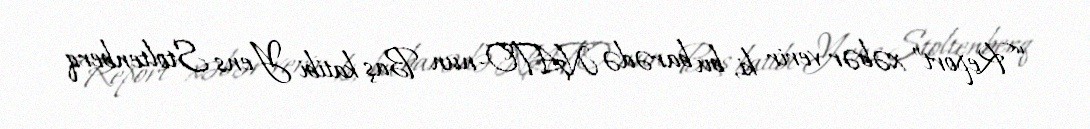
“Report” xəbər verir ki, bu barədə NATO-nun Baş katibi Yens Stoltenberq